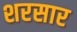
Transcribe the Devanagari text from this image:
शरसार